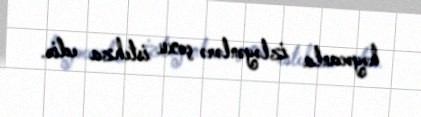
həyəcanla izləyənlərə çoxu istehza edir.